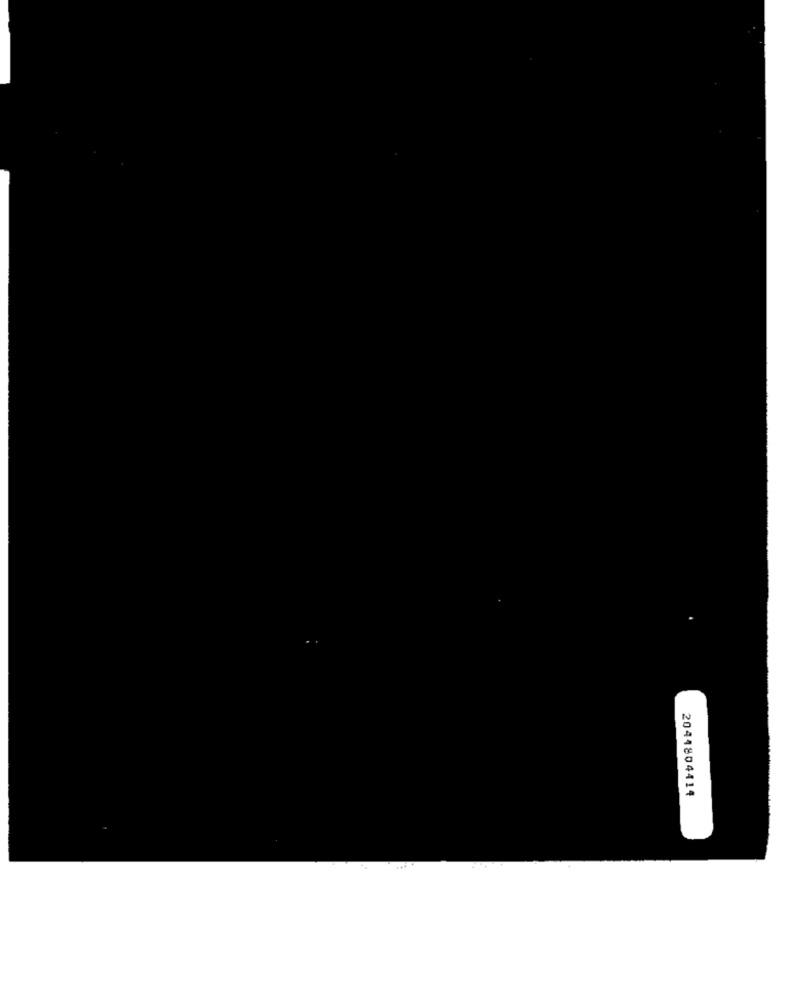
2044804414
....